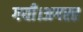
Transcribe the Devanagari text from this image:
गयी।अगस्त